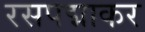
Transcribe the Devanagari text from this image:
रसपद्माकर